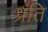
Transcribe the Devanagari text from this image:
प्रति